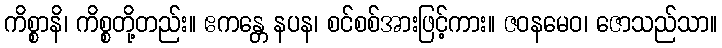
ကိစ္စာနိ၊ ကိစ္စတို့တည်း။ ဧကန္တေ နပန၊ စင်စစ်အားဖြင့်ကား။ ဇဝနမေဝ၊ ဇောသည်သာ။